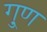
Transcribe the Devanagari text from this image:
गु्ण